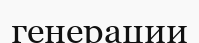
генерации